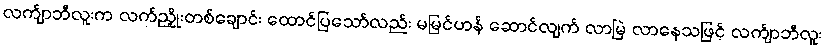
လက်ျာဘီလူးက လက်ညှိုးတစ်ချောင်း ထောင်ပြသော်လည်း မမြင်ဟန် ဆောင်လျက် လာမြဲ လာနေသဖြင့် လက်ျာဘီလူး